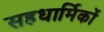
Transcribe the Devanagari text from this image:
सहधार्मिकों